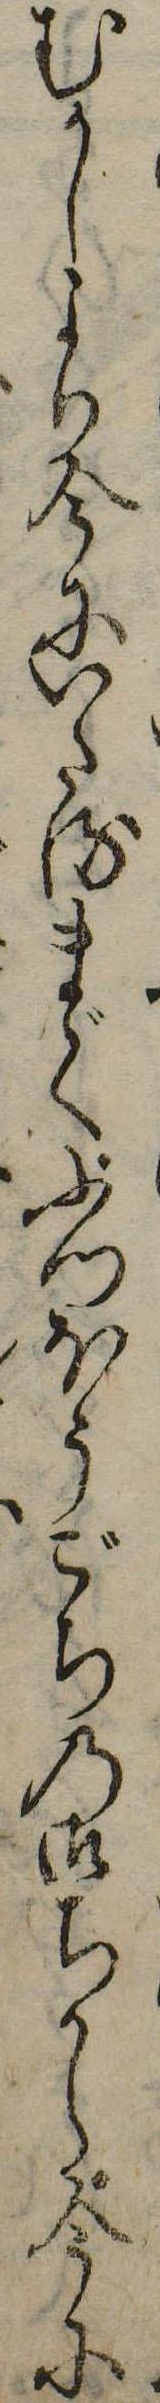
むかしより今にいたるまでふつほうごちの御ちから今に